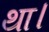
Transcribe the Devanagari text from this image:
था।